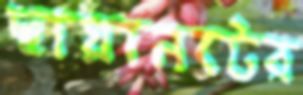
ছায়ানটের